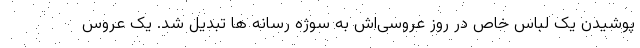
پوشیدن یک لباس خاص در روز عروسی‌اش به سوژه رسانه ها تبدیل شد. یک عروس